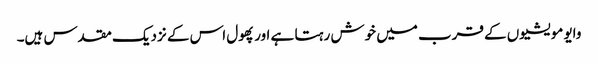
وایو مویشیوں کے قرب میں خوش رہتا ہے اور پھول اس کے نزدیک مقدس ہیں۔